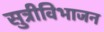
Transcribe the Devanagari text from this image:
सुत्रीविभाजन